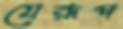
যেরূপ